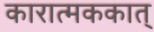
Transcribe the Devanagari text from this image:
कारात्मककात्‌